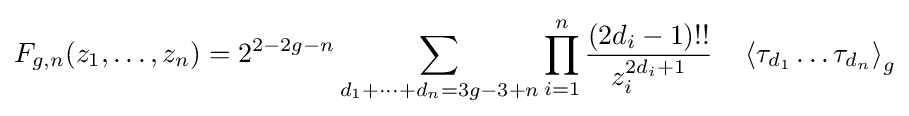
F_{g,n}(z_{1},\dots ,z_{n})=2^{2-2g-n}\sum _{d_{1}+\dots +d_{n}=3g-3+n}\prod _{i=1}^{n}{\frac {(2d_{i}-1)!!}{z_{i}^{2d_{i}+1}}}\quad \left\langle \tau _{d_{1}}\dots \tau _{d_{n}}\right\rangle _{g}